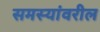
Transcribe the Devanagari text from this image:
समस्यांवरील